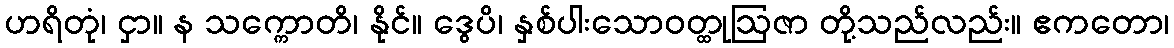
ဟရိတုံ၊ ငှာ။ န သက္ကောတိ၊ နိုင်။ ဒွေပိ၊ နှစ်ပါးသောဝတ္ထုဩဇာ တို့သည်လည်း။ ဧကတော၊